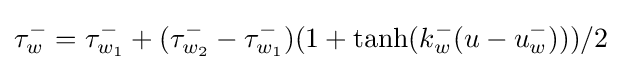
\tau _{w}^{-}=\tau _{w_{1}}^{-}+(\tau _{w_{2}}^{-}-\tau _{w_{1}}^{-})(1+\tanh(k_{w}^{-}(u-u_{w}^{-})))/2